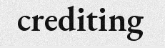
crediting